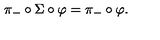
\pi _ { - } \circ \Sigma \circ \varphi = \pi _ { - } \circ \varphi .